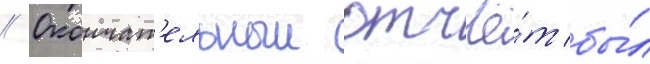
// Окончат'ельныи отчё́т бы́л